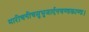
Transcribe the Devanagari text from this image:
मारीचनीचसुभुजार्दनचण्डकाण्ड।